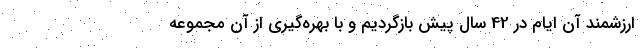
ارزشمند آن ایام در 42 سال پیش بازگردیم و با بهره‌گیری از آن مجموعه